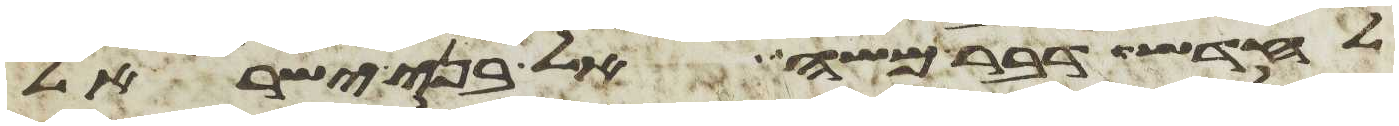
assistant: לחדש דבר משה אל בני ישראל